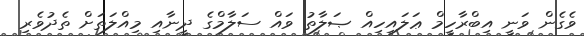
ވެގެން ވަނީ އިބްރާހީމް ޢަލައިހިއް ޞަލާތު ވައް ސަލާމްގެ ދީނާއި މިއްލަތަށް ތެދުވެރި